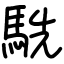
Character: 駪